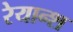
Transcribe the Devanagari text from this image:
रेयान्श